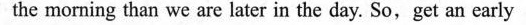
the morning than we are later in the day. So,get an early